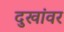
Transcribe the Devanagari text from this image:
दुखांवर